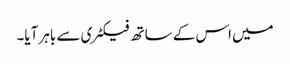
میں اس کے ساتھ فیکٹری سے باہر آیا۔